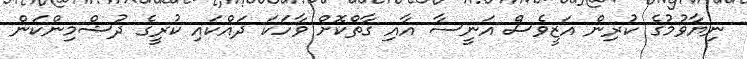
ނިޔާވުމުގެ ކުރިން އަޒީވެސް އަނީސާ އާއި ގާތްކޮށް ވާހަކަ ދައްކައި ކުރީގެ ދުޝްމިންކަން